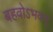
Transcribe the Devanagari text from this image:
बहवोऽभवन्